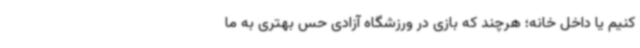
کنیم یا داخل خانه؛ هرچند که بازی در ورزشگاه آزادی حس بهتری به ما